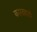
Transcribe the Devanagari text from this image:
कारंदवाडी